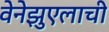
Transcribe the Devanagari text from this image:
वेनेझुएलाची